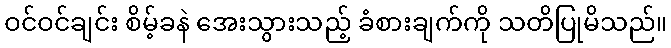
ဝင်ဝင်ချင်း စိမ့်ခနဲ အေးသွားသည့် ခံစားချက်ကို သတိပြုမိသည်။